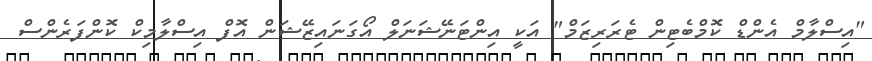
"އިސްލާމް އެންޑް ކޮމްބެޓިން ޓެރަރިޒަމް" އަކީ އިންޓަނޭޝަނަލް އޯގަނައިޒޭޝަން އޮފް އިސްލާމިކް ކޮންފަރެންސް